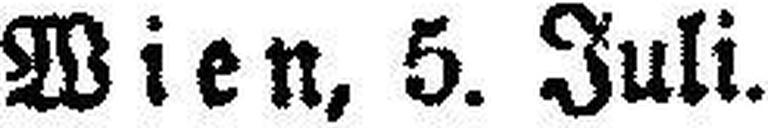
Wien, 5. Juli.